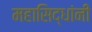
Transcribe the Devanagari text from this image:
महासिद्धांनी